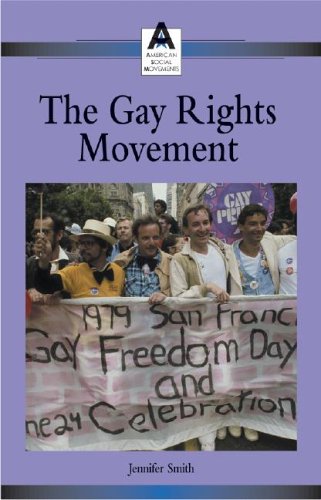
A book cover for American Social Movements - Gay Rights (hardcover edition); Teen & Young Adult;